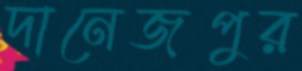
দানেজপুর